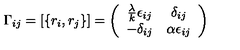
\Gamma _ { i j } = \left[ \{ r _ { i } , r _ { j } \} \right] = \left( \begin{array} { c c } { \frac { \lambda } { k } \epsilon _ { i j } } & { \delta _ { i j } } \\ { - \delta _ { i j } } & { \alpha \epsilon _ { i j } } \\ \end{array} \right)